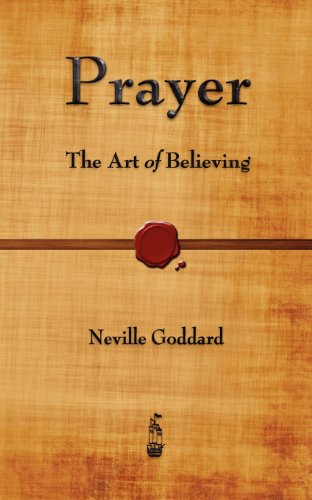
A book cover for Prayer: The Art of Believing; Neville Goddard; Religion & Spirituality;